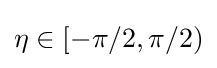
\eta \in [-\pi /2,\pi /2)